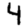
Digit: 4